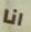
انا